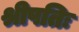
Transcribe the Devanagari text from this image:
श्रीपतिः